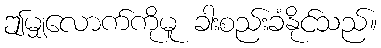
ဤမျှလောက်ကိုမူ ခါးစည်းခံနိုင်သည်။